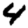
Digit: 4